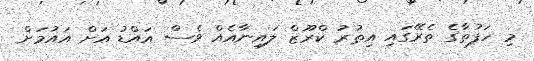
މި ހަފުތާގެ ތެރޭގައި އިތުރު ކްރޫޒް ލައިނާއެއް ވެސް އައްޑު އަށް އައުމަށް